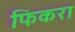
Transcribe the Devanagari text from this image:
फिकरा